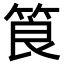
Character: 筤